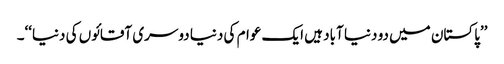
’’پاکستان میں دو دنیا آباد ہیں ایک عوام کی دنیا دوسری آقائوں کی دنیا‘‘۔